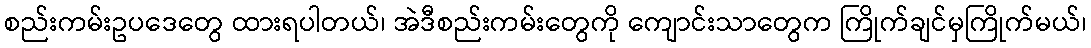
စည်းကမ်းဥပဒေတွေ ထားရပါတယ်၊ အဲဒီစည်းကမ်းတွေကို ကျောင်းသာတွေက ကြိုက်ချင်မှကြိုက်မယ်၊